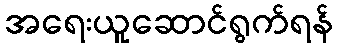
အရေးယူဆောင်ရွက်ရန်